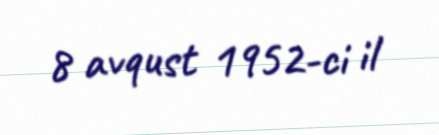
8 avqust 1952-ci il